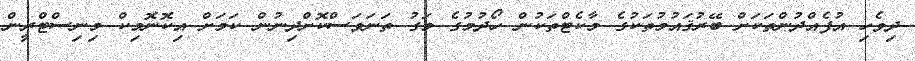
ދިވެހި އުފެއްދުންތަކަށް ބޭރުޤައުމުތަކުގެ މާކެޓްތަކުން ހޯދުމުގެ މަގު ތަނަވަސްކޮށްދިނުން ކަމަށް އިކޮނޮމިކް މިނިސްޓްރީން